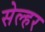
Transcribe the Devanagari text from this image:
सेल्हर